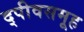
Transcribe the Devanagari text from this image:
द्पीवसमूह